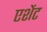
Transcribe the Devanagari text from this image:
एशेंट